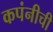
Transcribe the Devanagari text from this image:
कपंनीची